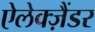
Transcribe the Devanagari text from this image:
ऐलेक्ज़ैंडर